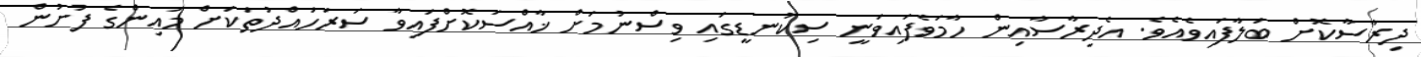
ދިރާސާކޮށް ބަލާފައިވެއެވެ. އެދިރާސާއިން ހާމަވެފައިވަނީ ސިކުނޑީގައި ވިސްނުމަށް ޚާއްސަކޮށްފައިވާ ސަރަހައްދުތަކަށް މައިންގެ ފުށުން